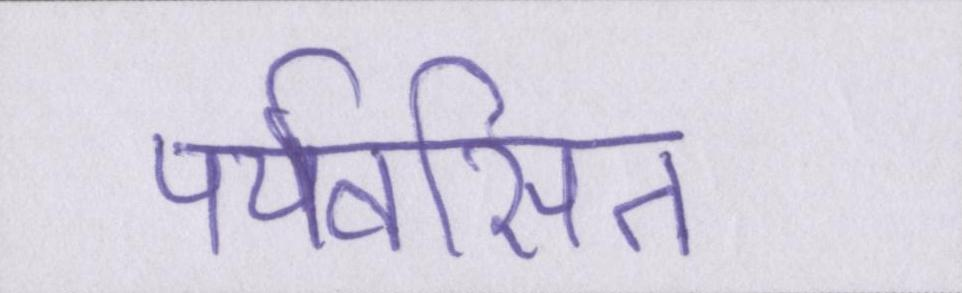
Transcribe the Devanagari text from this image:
पर्यवसित